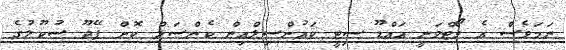
ނަމަވެސް އެ ވޯޓްވަނީ އައްޑޫ ސިޓީ ކައުންސިލްއިން ކެންސަލް ކޮށް ފޭދޫ ސުކޫލުގެ